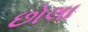
છોલા